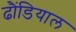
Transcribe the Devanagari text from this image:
ढौंडियाल